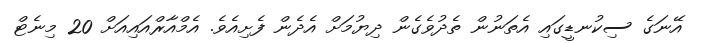
އޭނަގެ ސިކުނޑީގައި އެތަނުން ތެދުވެގެން ދިޔުމަށް އެދެން ފެށިއެވެ. އެމްއާރްއައިއަށް 20 މިނެޓް